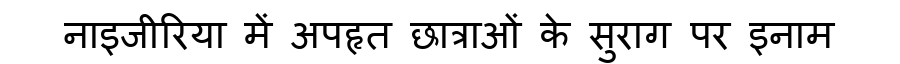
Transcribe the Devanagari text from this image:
नाइजीरिया में अपहृत छात्राओं के सुराग पर इनाम